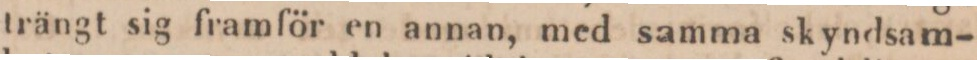
trängt sig framför en annan, med samma skyndsam-